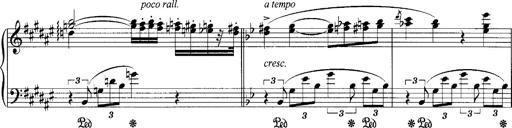
Title: klavierstÃ¼ck
Composer: Matias Ekert